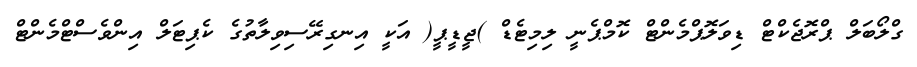
ގްލޯބަލް ޕްރޮޖެކްޓް ޑިވަލޮޕްމެންޓް ކޮމްޕެނީ ލިމިޓެޑް )ޖީޑީޕީ( އަކީ އިނގިރޭސިވިލާތުގެ ކެޕިޓަލް އިންވެސްޓްމެންޓް